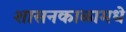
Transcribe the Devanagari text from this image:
शासनकाळामधे